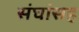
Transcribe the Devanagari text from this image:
संघांसह